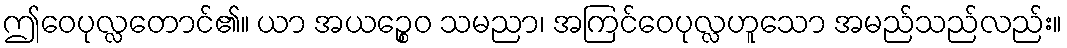
ဤဝေပုလ္လတောင်၏။ ယာ အယဉ္စေဝ သမညာ၊ အကြင်ဝေပုလ္လဟူသော အမည်သည်လည်း။